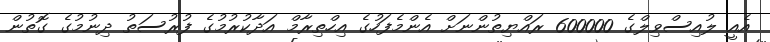
އެއީ ލުއިސްވިލްގެ 600000 ރައްޔިތުންނަށް އެންމެފަހުގެ އިހްތިރާމް އަދާކުރުމުގެ ފުރުސަތު ދިނުމުގެ ގޮތުން